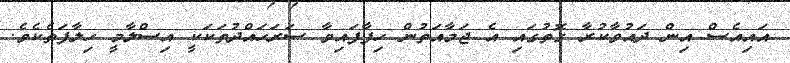
އައިއެސް އިން ދައުވާކުރާ ގޮތުގައި އެ ޖަމާއަތުން ހިފާފައިވާ ސަރަހައްދުތަކަކީ އިސްލާމީ ހިލާފަތެކެވެ.